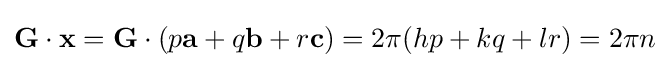
\mathbf {G} \cdot \mathbf {x} =\mathbf {G} \cdot (p\mathbf {a} +q\mathbf {b} +r\mathbf {c} )=2\pi (hp+kq+lr)=2\pi n